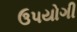
ઉ૫યોગી